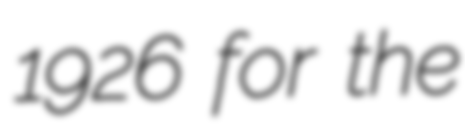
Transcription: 1926 for the